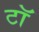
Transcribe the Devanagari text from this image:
टॉ